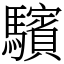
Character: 驞